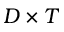
D \times T